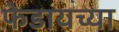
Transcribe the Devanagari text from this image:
फेडायच्या